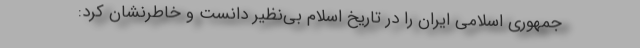
جمهوری اسلامی ایران را در تاریخ اسلام بی‌نظیر دانست و خاطرنشان کرد: